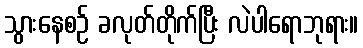
သွားနေစဉ် ခလုတ်တိုက်ပြီး လဲပါရောဘုရား။